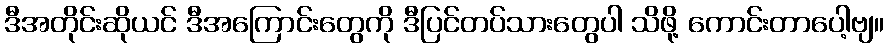
ဒီအတိုင်းဆိုယင် ဒီအကြောင်းတွေကို ဒီပြင်တပ်သားတွေပါ သိဖို့ ကောင်းတာပေါ့ဗျ။